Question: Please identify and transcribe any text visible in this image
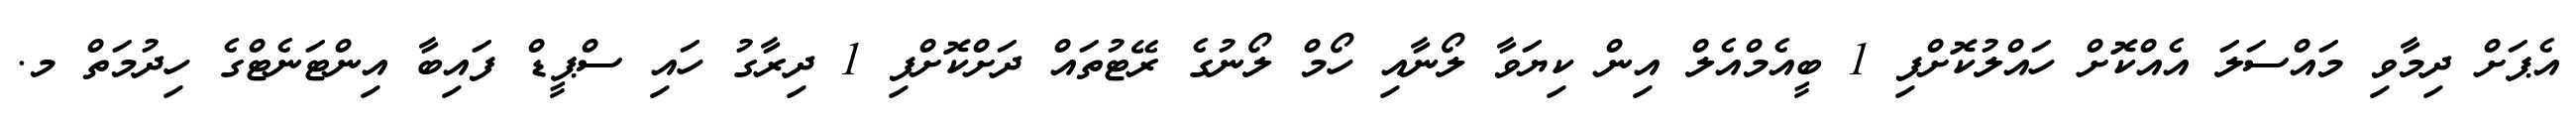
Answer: އެޕަށް ދިމާވި މައްސަލަ އެއްކޮށް ހައްލުކޮށްފި 1 ބީއެމްއެލް އިން ކިޔަވާ ލޯނާއި ހޯމް ލޯނުގެ ރޭޓުތައް ދަށްކޮށްފި 1 ދިރާގު ހައި ސްޕީޑް ފައިބާ އިންޓަނެޓްގެ ހިދުމަތް މ.